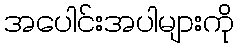
အပေါင်းအပါများကို